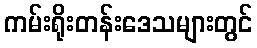
ကမ်းရိုးတန်းဒေသများတွင်